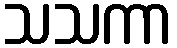
သသကာ